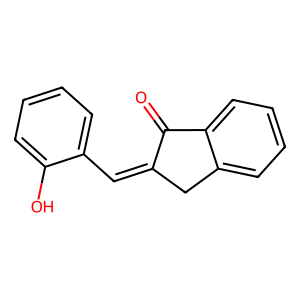
SMILES: O=C1C(=Cc2ccccc2O)Cc2ccccc21
Inhibits HIV replication: No